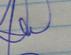
Signature authenticity: genuine